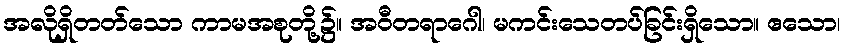
အလိုရှိတတ်သော ကာမအစုတို့၌။ အဝီတရာဂေါ၊ မကင်းသေတပ်ခြင်းရှိသော။ ဧသော၊